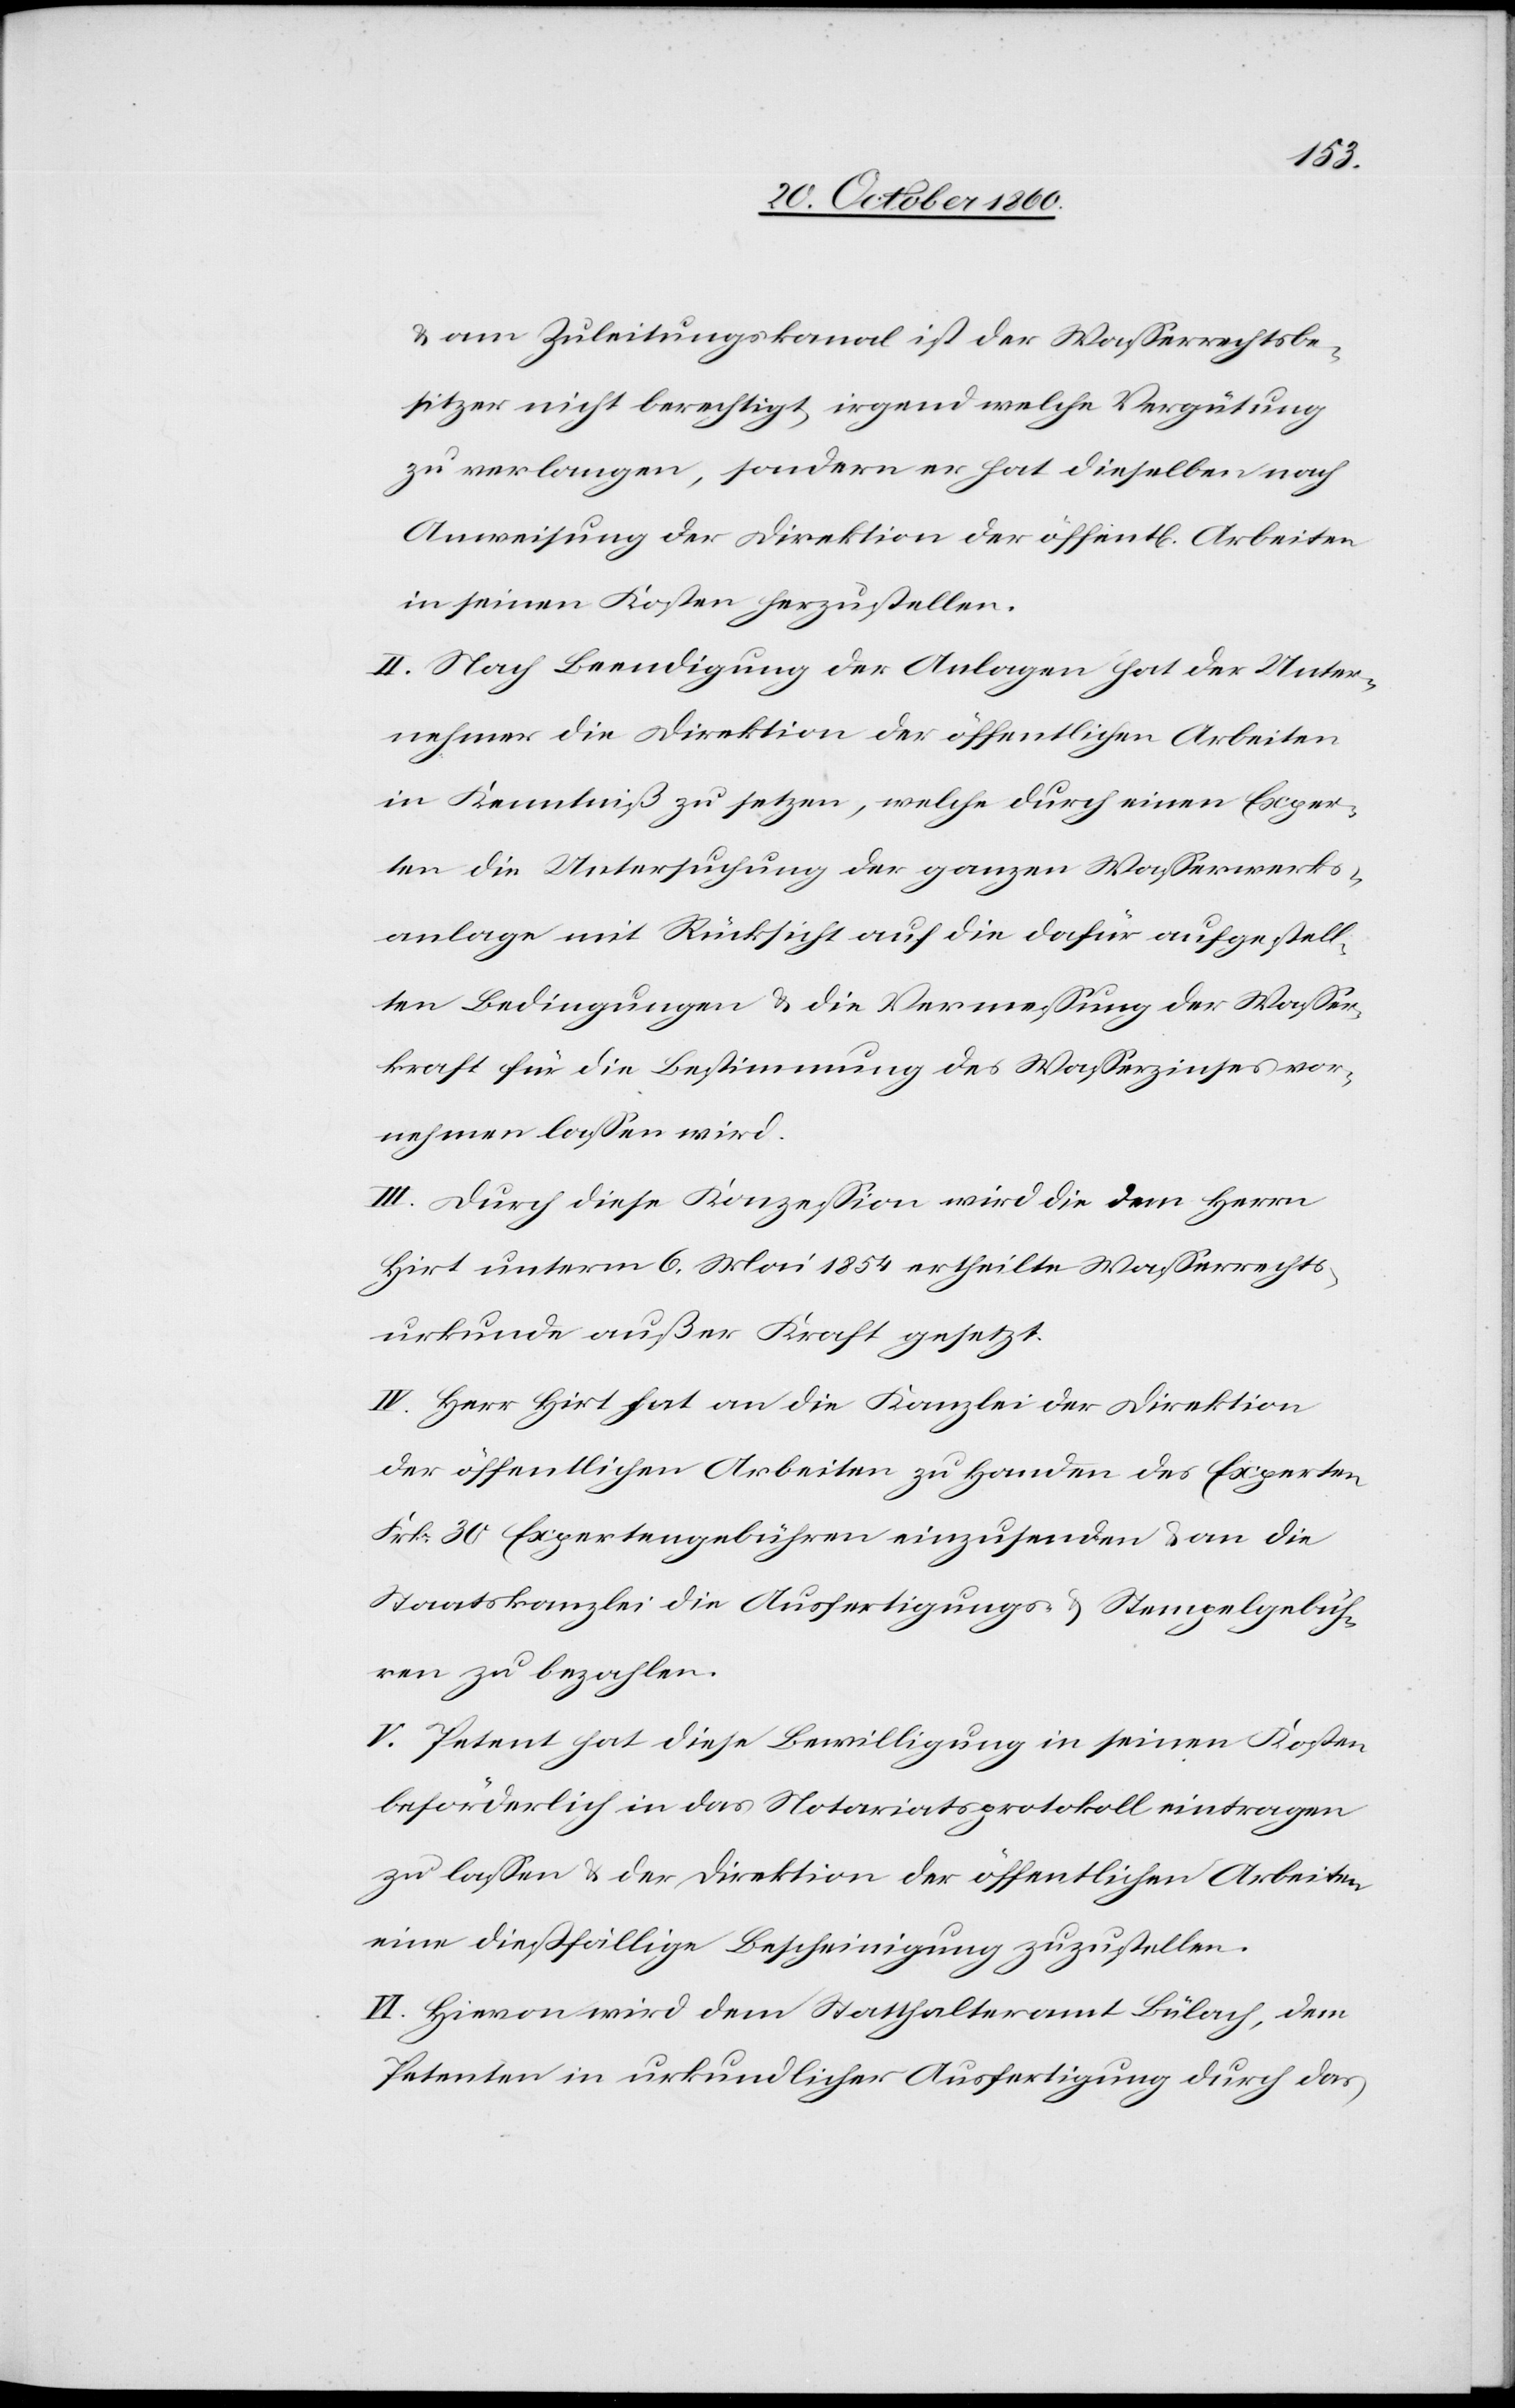
u. am Zuleitungskanal ist der Wasserrechtsbe¬
sitzer nicht berechtigt, irgend welche Vergütung
zu verlangen, sondern er hat dieselben nach
Anweisung der Direktion der öffent[lichen] Arbeiten
in seinen Kosten herzustellen.
II. Nach Beendigung der Anlagen hat der Unter¬
nehmer die Direktion der öffentlichen Arbeiten
in Kenntniß zu setzen, welche durch einen Exper¬
ten die Untersuchung der ganzen Wasserwerks¬
anlage mit Rücksicht auf die dafür aufgestell¬
ten Bedingungen u. die Vermessung der Wasser¬
kraft für die Bestimmung des Wasserzinses vor¬
nehmen lassen wird.
III. Durch diese Konzession wird dem Herrn
Hirt unterm 6. Mai 1854 ertheilte Wasserrechts¬
urkunde außer Kraft gesetzt.
IV. Herr Hirt hat an die Kanzlei der Direktion
der öffentlichen Arbeiten zu Handen des Experten
Frk. 30 Expertengebühren einzusenden u. an die
Staatskanzlei die Ausfertigungs- u. Stempelgebüh¬
ren zu bezahlen.
V. Petent hat diese Bewilligung in seinen Kosten
beförderlich in das Notariatsprotokoll eintragen
zu lassen u. der Direktion der öffentlichen Arbeiten
eine dießfällige Bescheinigung zuzustellen.
VI. Hievon wird dem Statthalteramt Bülach, dem
Petenten in urkundlicher Ausfertigung durch das